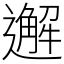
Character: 邂